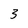
Character: 3